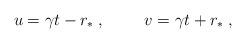
LaTeX: \begin{align*}u=\gamma t-r_{\ast}\:, \hskip 1cmv=\gamma t+r_{\ast}\:, \end{align*}